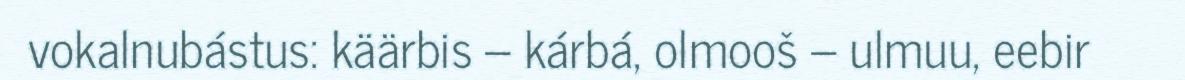
vokalnubástus: käärbis – kárbá, olmooš – ulmuu, eebir